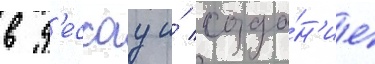
в д'ессау и́ созда́н'ие